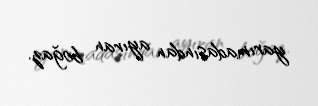
yarımadasından ayıran boğaz.